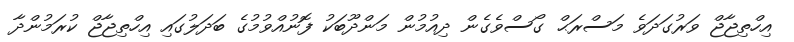
އިހްތިޖާޖް ވަރުގަދަވެ މަސްރަޙް ގޯސްވެގެން ދިއުމުން މަންދޫބަކު ފޮނުއްވުމުގެ ބަދަލުގައި އިހްތިޖާޖް ކުރަމުންދާ